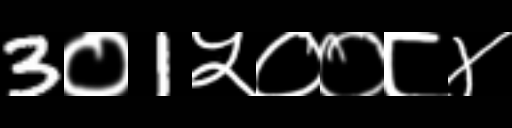
Text: 3०1५००८४